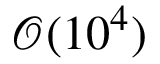
{ \mathcal O } ( 1 0 ^ { 4 } )